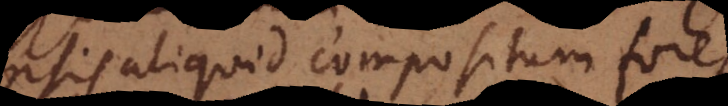
ipsis aliquid compositum fore